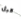
قبل